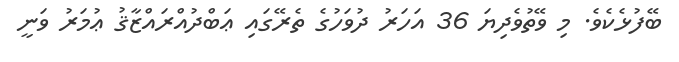
ބޭފުޅެކެވެ. މި ވޭތުވެދިޔަ 36 އަހަރު ދުވަހުގެ ތެރޭގައި ޢަބްދުއްރައްޒާޤު ޢުމަރު ވަނީ